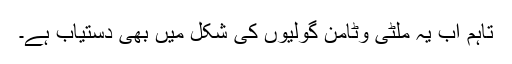
تاہم اب یہ ملٹی وٹامن گولیوں کی شکل میں بھی دستیاب ہے۔